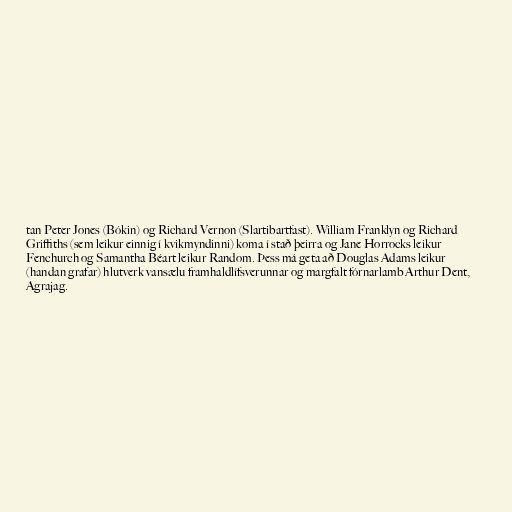
tan Peter Jones (Bókin) og Richard Vernon (Slartibartfast). William Franklyn og Richard
Griffiths (sem leikur einnig í kvikmyndinni) koma í stað þeirra og Jane Horrocks leikur
Fenchurch og Samantha Béart leikur Random. Þess má geta að Douglas Adams leikur
(handan grafar) hlutverk vansælu framhaldlífsverunnar og margfalt fórnarlamb Arthur Dent,
Agrajag.